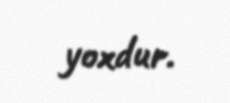
yoxdur.